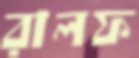
রালফ